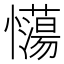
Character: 𢥉